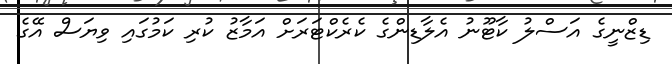
ޑިޒްނީގެ އަސްލު ކާޓޫނު އެލާޑިންގެ ކެރެކްޓަރަށް އަމާޒު ކުރި ކަމުގައި ވިޔަސް އޭގެ